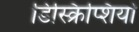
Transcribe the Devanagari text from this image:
डिस्क्रिप्शियो